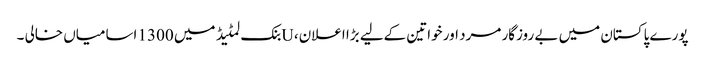
پورے پاکستان میں بے روزگار مرد اور خواتین کےلیے بڑا اعلان، Uبنک لمٹیڈ میں 1300 اسامیاں خالی ۔